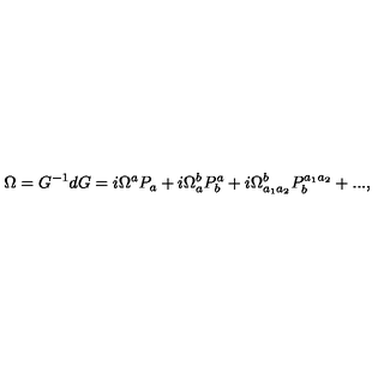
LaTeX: \Omega = G ^ { - 1 } d G = i \Omega ^ { a } P _ { a } + i \Omega _ { a } ^ { b } P _ { b } ^ { a } + i \Omega _ { a _ { 1 } a _ { 2 } } ^ { b } P _ { b } ^ { a _ { 1 } a _ { 2 } } + . . . ,